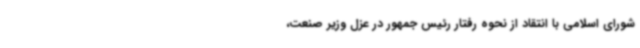
شورای اسلامی با انتقاد از نحوه رفتار رئیس جمهور در عزل وزیر صنعت،